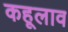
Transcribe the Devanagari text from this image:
कहूलाव